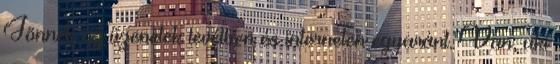
Jönnek az üzenetek levélben és interneten egyaránt. Van, aki